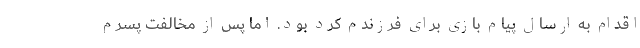
اقدام به ارسال پیام بازی برای فرزندم کرد بود. اما پس از مخالفت پسرم